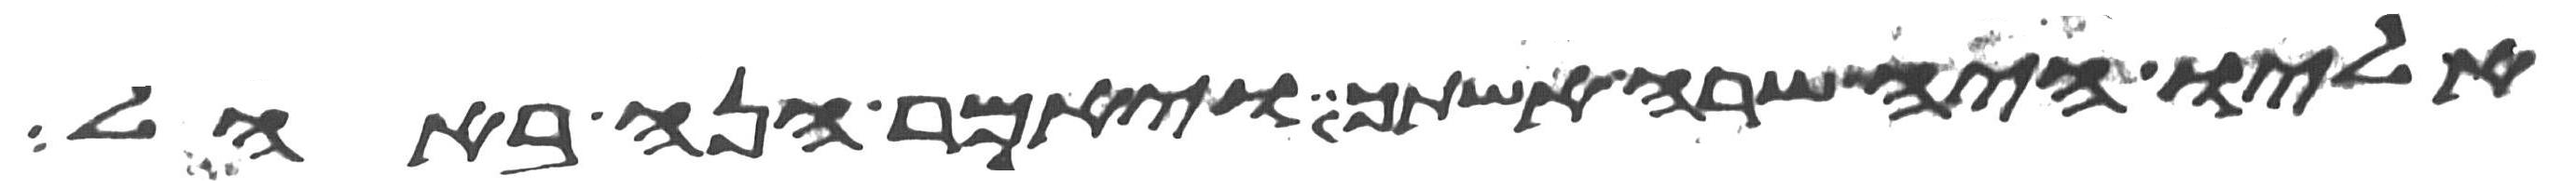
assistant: אליו איה שרה אשתך ויאמר הנה באהל